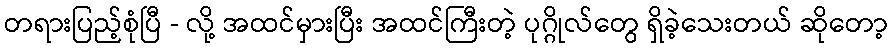
တရားပြည့်စုံပြီ - လို့ အထင်မှားပြီး အထင်ကြီးတဲ့ ပုဂ္ဂိုလ်တွေ ရှိခဲ့သေးတယ် ဆိုတော့